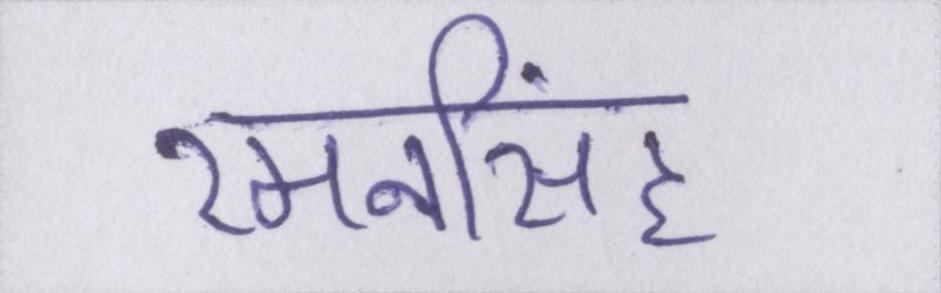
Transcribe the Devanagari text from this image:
रमनसिंह